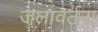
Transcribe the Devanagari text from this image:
जलावर्तना